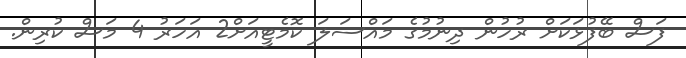
ފަސް ބޭފުޅަކަށް ރުހުން ދިނުމުގެ މައްސަލަ ކޮމެޓީއަށް2 އަހަރު 4 މަސް ކުރިން.